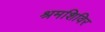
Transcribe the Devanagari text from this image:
श्रमशिविर